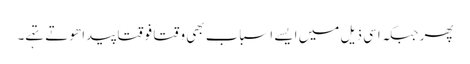
پھر جبکہ اسی ذیل میں ایسے اسباب بھی وقتاً فوقتاً پیدا ھوتے تہے۔